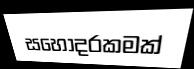
සහෝදරකමක්